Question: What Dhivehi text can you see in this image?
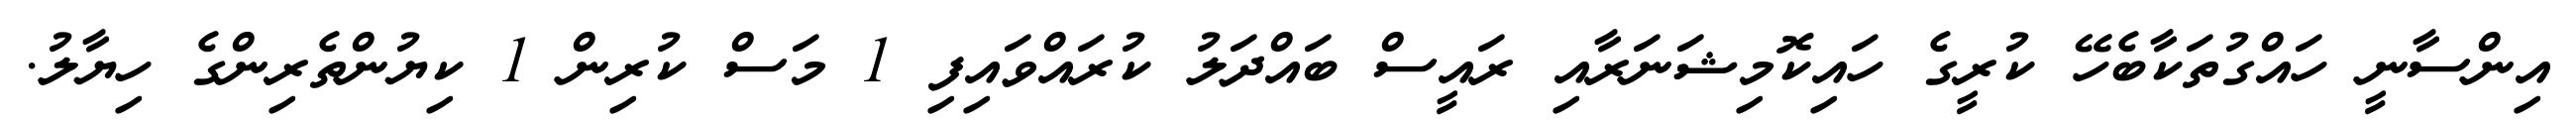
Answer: އިންސާނީ ހައްގުތަކާބެހޭ ކުރީގެ ހައިކޮމިޝަނަރާއި ރައީސް ބައްދަލު ކުރައްވައިފި 1 މަސް ކުރިން 1 ކިޔުންތެރިންގެ ހިޔާލު.